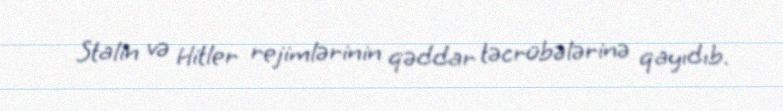
Stalin və Hitler rejimlərinin qəddar təcrübələrinə qayıdıb.